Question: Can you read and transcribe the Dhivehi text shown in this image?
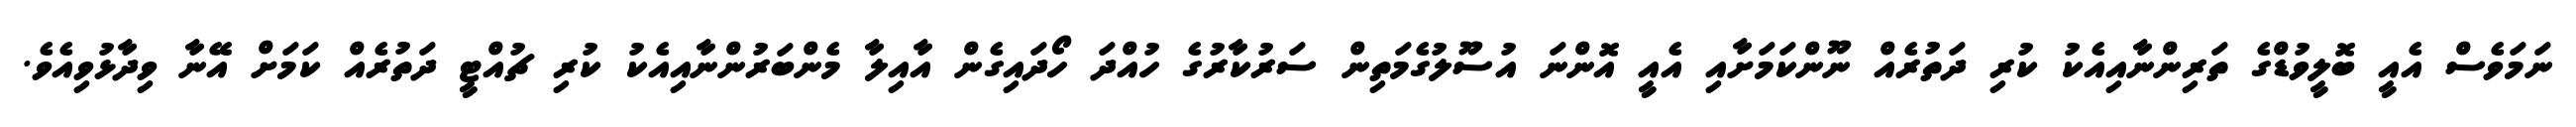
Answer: ނަމަވެސް އެއީ ބޮލީވުޑްގެ ތަރިންނާއިއެކު ކުރި ދަތުރެއް ނޫންކަމަށާއި އެއީ އޮންނަ އުސޫލުގެމަތިން ސަރުކާރުގެ ހުއްދަ ހޯދައިގެން އާއިލާ މެންބަރުންނާއިއެކު ކުރި ޗުއްޓީ ދަތުރެއް ކަމަށް އޭނާ ވިދާޅުވިއެވެ.